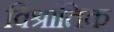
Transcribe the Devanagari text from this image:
विश्रांतिक